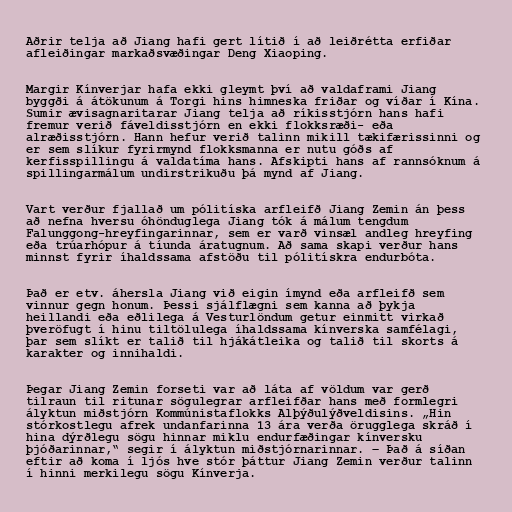
Aðrir telja að Jiang hafi gert lítið í að leiðrétta erfiðar
afleiðingar markaðsvæðingar Deng Xiaoping.

Margir Kínverjar hafa ekki gleymt því að valdaframi Jiang
byggði á átökunum á Torgi hins himneska friðar og víðar í Kína.
Sumir ævisagnaritarar Jiang telja að ríkisstjórn hans hafi
fremur verið fáveldisstjórn en ekki flokksræði- eða
alræðisstjórn. Hann hefur verið talinn mikill tækifærissinni og
er sem slíkur fyrirmynd flokksmanna er nutu góðs af
kerfisspillingu á valdatíma hans. Afskipti hans af rannsóknum á
spillingarmálum undirstrikuðu þá mynd af Jiang.

Vart verður fjallað um pólitíska arfleifð Jiang Zemin án þess
að nefna hversu óhönduglega Jiang tók á málum tengdum
Falunggong-hreyfingarinnar, sem er varð vinsæl andleg hreyfing
eða trúarhópur á tíunda áratugnum. Að sama skapi verður hans
minnst fyrir íhaldssama afstöðu til pólitískra endurbóta.

Það er etv. áhersla Jiang við eigin ímynd eða arfleifð sem
vinnur gegn honum. Þessi sjálflægni sem kanna að þykja
heillandi eða eðlilega á Vesturlöndum getur einmitt virkað
þveröfugt í hinu tiltölulega íhaldssama kínverska samfélagi,
þar sem slíkt er talið til hjákátleika og talið til skorts á
karakter og innihaldi.

Þegar Jiang Zemin forseti var að láta af völdum var gerð
tilraun til ritunar sögulegrar arfleifðar hans með formlegri
ályktun miðstjórn Kommúnistaflokks Alþýðulýðveldisins. „Hin
stórkostlegu afrek undanfarinna 13 ára verða örugglega skráð í
hina dýrðlegu sögu hinnar miklu endurfæðingar kínversku
þjóðarinnar,“ segir í ályktun miðstjórnarinnar. ― Það á síðan
eftir að koma í ljós hve stór þáttur Jiang Zemin verður talinn
í hinni merkilegu sögu Kínverja.